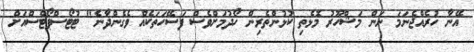
އޭނާ ހުރެއްޖެނަމަ ނަން މަޝްހޫރު މޮޅެތި ކުޅުންތެރިން ހޯދުމަށްވެސް ފަސޭހަތަކެއް ވެގެންދާނެ" ޓުޓޯސްޕޯޓްސްއަށް